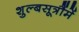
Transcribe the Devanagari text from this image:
शुल्बसूत्रौंमें